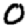
Digit: 0